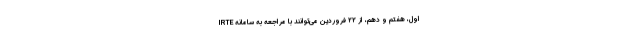
اول، هفتم و دهم، از ۲۲ فروردین می‌توانند با مراجعه به سامانه IRTE